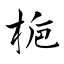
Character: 梔